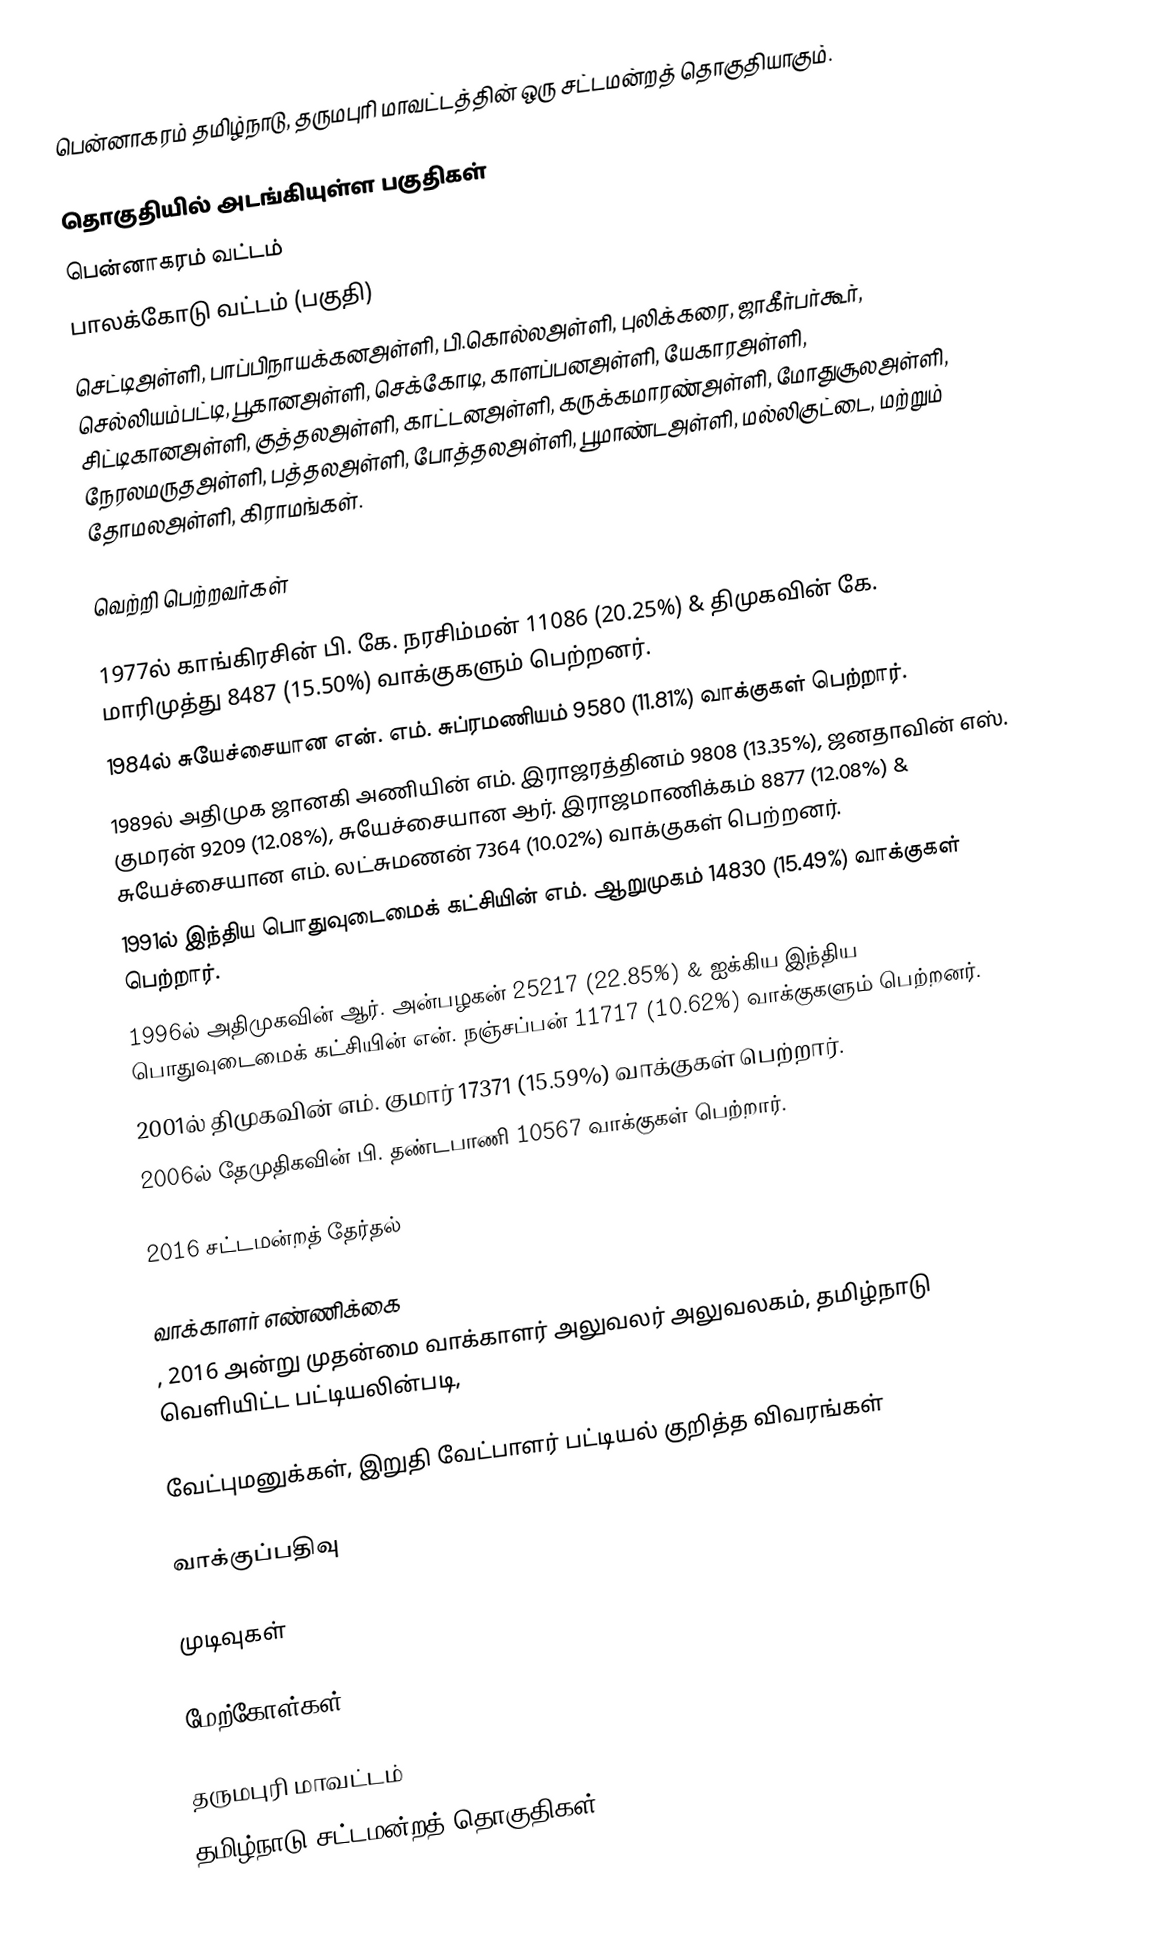
பென்னாகரம் தமிழ்நாடு, தருமபுரி மாவட்டத்தின் ஒரு சட்டமன்றத் தொகுதியாகும்.

தொகுதியில் அடங்கியுள்ள பகுதிகள்
பென்னாகரம் வட்டம்
பாலக்கோடு வட்டம் (பகுதி)
செட்டிஅள்ளி, பாப்பிநாயக்கனஅள்ளி, பி.கொல்லஅள்ளி, புலிக்கரை, ஜாகீர்பர்கூர், செல்லியம்பட்டி, பூகானஅள்ளி, செக்கோடி, காளப்பனஅள்ளி, யேகாரஅள்ளி, சிட்டிகானஅள்ளி, குத்தலஅள்ளி, காட்டனஅள்ளி, கருக்கமாரண்அள்ளி, மோதுசூலஅள்ளி, நேரலமருதஅள்ளி, பத்தலஅள்ளி, போத்தலஅள்ளி, பூமாண்டஅள்ளி, மல்லிகுட்டை, மற்றும் தோமலஅள்ளி, கிராமங்கள்.

வெற்றி பெற்றவர்கள்

 1977ல் காங்கிரசின் பி. கே. நரசிம்மன் 11086 (20.25%) & திமுகவின் கே. மாரிமுத்து 8487 (15.50%) வாக்குகளும் பெற்றனர்.
 1984ல் சுயேச்சையான என். எம். சுப்ரமணியம் 9580 (11.81%) வாக்குகள் பெற்றார்.
 1989ல் அதிமுக ஜானகி அணியின் எம். இராஜரத்தினம் 9808 (13.35%), ஜனதாவின் எஸ். குமரன் 9209 (12.08%), சுயேச்சையான ஆர். இராஜமாணிக்கம் 8877 (12.08%) & சுயேச்சையான எம். லட்சுமணன் 7364 (10.02%) வாக்குகள் பெற்றனர்.
 1991ல் இந்திய பொதுவுடைமைக் கட்சியின் எம். ஆறுமுகம் 14830 (15.49%) வாக்குகள் பெற்றார்.
 1996ல் அதிமுகவின் ஆர். அன்பழகன் 25217 (22.85%) & ஐக்கிய இந்திய பொதுவுடைமைக் கட்சியின் என். நஞ்சப்பன் 11717 (10.62%) வாக்குகளும் பெற்றனர்.
 2001ல் திமுகவின் எம். குமார் 17371 (15.59%) வாக்குகள் பெற்றார்.
 2006ல் தேமுதிகவின் பி. தண்டபாணி 10567 வாக்குகள் பெற்றார்.

2016 சட்டமன்றத் தேர்தல்

வாக்காளர் எண்ணிக்கை
, 2016 அன்று முதன்மை வாக்காளர் அலுவலர் அலுவலகம், தமிழ்நாடு வெளியிட்ட பட்டியலின்படி,

வேட்புமனுக்கள், இறுதி வேட்பாளர் பட்டியல் குறித்த விவரங்கள்

வாக்குப்பதிவு

முடிவுகள்

மேற்கோள்கள்

தருமபுரி மாவட்டம்
தமிழ்நாடு சட்டமன்றத் தொகுதிகள்